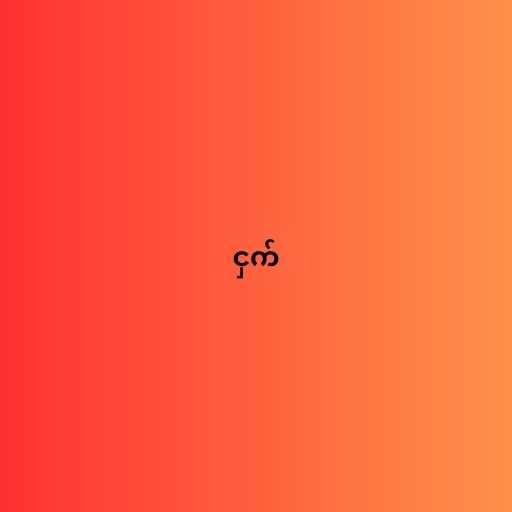
ငှက်